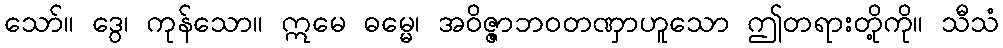
သော်။ ဒွေ၊ ကုန်သော။ ဣမေ ဓမ္မေ၊ အဝိဇ္ဇာဘဝတဏှာဟူသော ဤတရားတို့ကို။ သီသံ